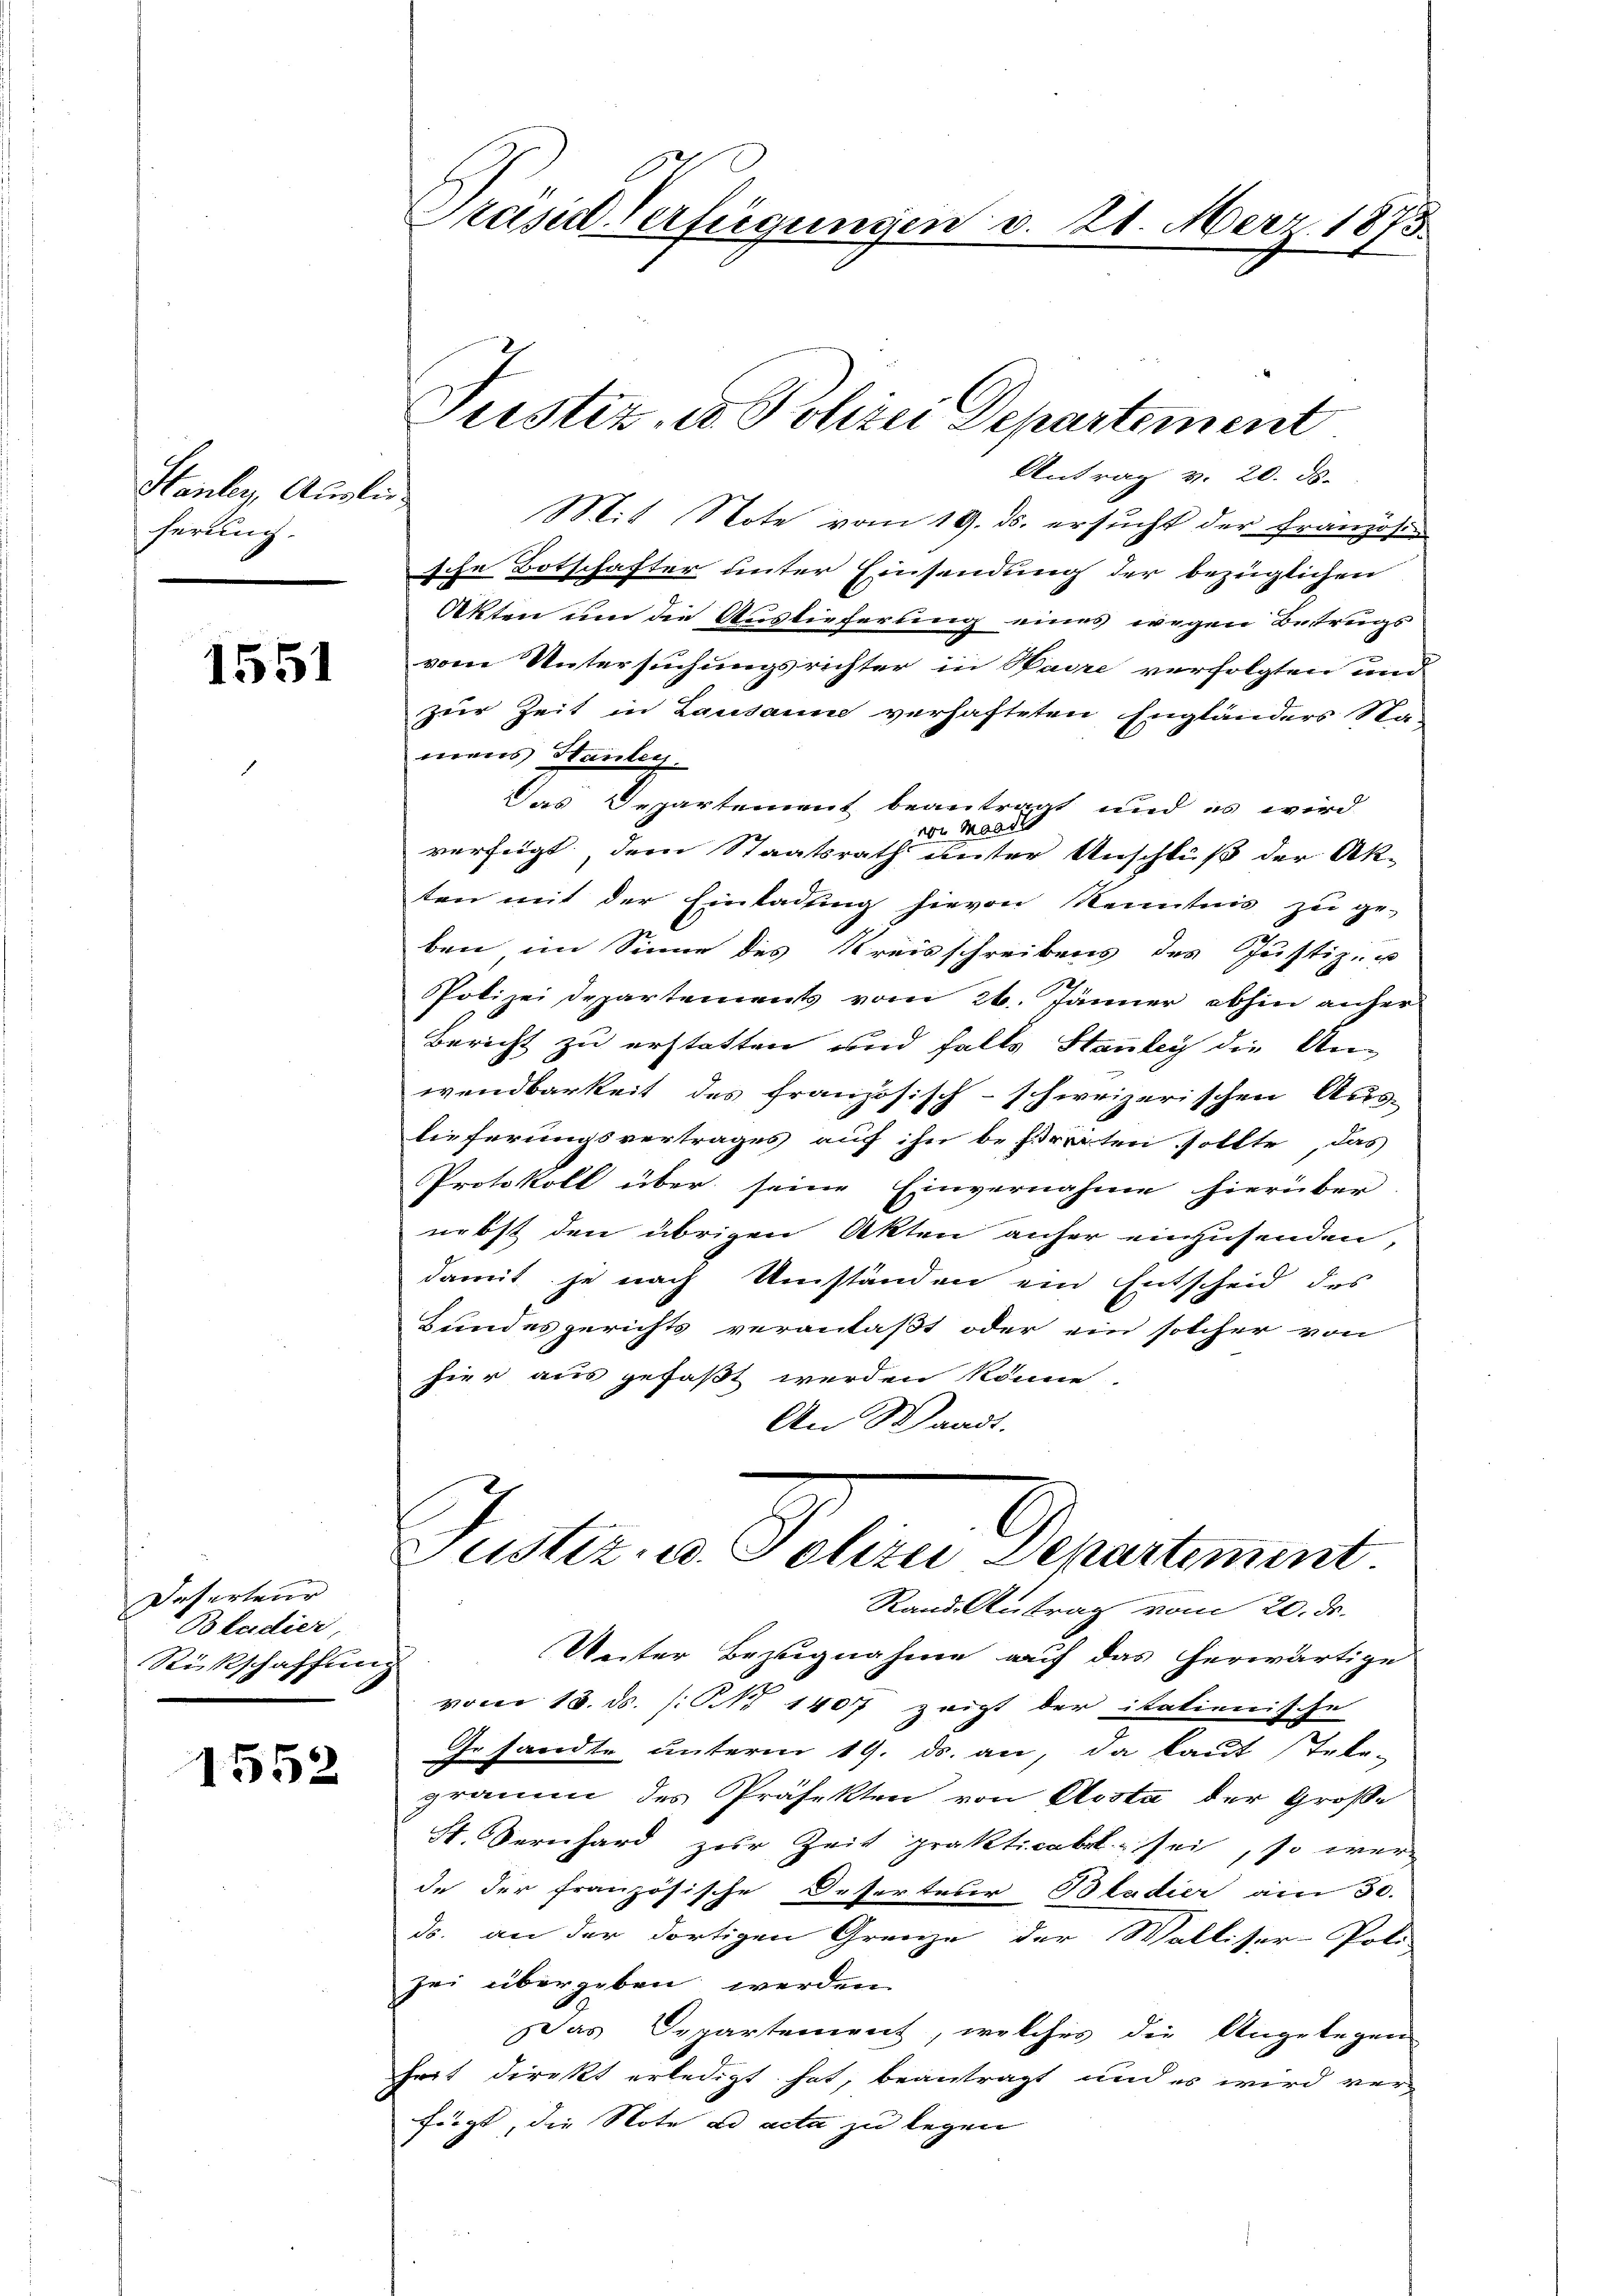
Htanler, Auslieferung.

1551

Vaterteur
Bladier,
Rückschaffung

1552

Mis Note vom 19. ds. ersucht der Französi
sche Botschafter unter Einsendung der bezüglichen
Akten um die Auslieferung eines wegen Betrugs
vom Untersuchungsrichter in Baire verfolgten und
zur Zeit in Lausanne verhafteten Engländers Na-
mens Hauten.
Das Departement beantragt und es wird
der Mande
verfügt dem Staatsrath unter Anschluß der Ak-
ten mit der Einladung hievon Kenntnis zu ge-
ben im Sinne des Kreisschreibens des Justiz- u
Polizei Departements vom 26. Jänner abhin anher
Bericht zu erstatten und falls Stanley die Un-
wendbarkeit des französisch-schweizerischen Aus-
lieferungsvertrages auf ihn bestraten sollte, das
Protokoll über seine Einvernahme hierüber
nebst den übrigen Akten anher einzusenden,
damit je nach Umständen ein Entscheid des
Bundesgerichts veranlaßt oder ein solcher von
hier aus gefaßt werden könne.
An Waadt.

Prasil-Verfügungen v. 21. März 1873.

Justiz, es Polizei Departement
Antrag v. 20. ds.

Justiren Peten Genertement
Rand Antrag vom 20. ds.
Unter Bezugnahme auf das herwärtige

von 18. ds. /: No 1407 zeigt der itationische
Gesandte unterm 19. ds. an, da kaut Tele-
gramm des Präfekten von Aosta der Groß-
St Sernhard zŭr Zeit prakticabel. sei, so wer
de der französische Deserteur Bladier am 30.
ds. an der dortigen Grenze der Walliser-Poli-
zei übergeben werden.
Das Departement, welches die Angelegen-
fort direkt erledigt hat, beantragt und es wird ver-
fügt, die Note ad acta zu legen